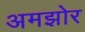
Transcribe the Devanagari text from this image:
अमझोर